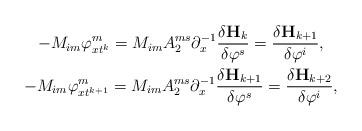
LaTeX: \begin{gather*} -M_{im}\varphi _{xt^{k}}^{m}=M_{im}A_{2}^{ms}\partial _{x}^{-1}\frac{\delta\mathbf{H}_{k}}{\delta \varphi ^{s}}=\frac{\delta \mathbf{H}_{k+1}}{\delta\varphi ^{i}},\\ -M_{im}\varphi_{xt^{k+1}}^{m}=M_{im}A_{2}^{ms}\partial _{x}^{-1}\frac{\delta \mathbf{H}_{k+1}}{\delta \varphi ^{s}}=\frac{\delta \mathbf{H}_{k+2}}{\delta \varphi^{i}},\end{gather*}